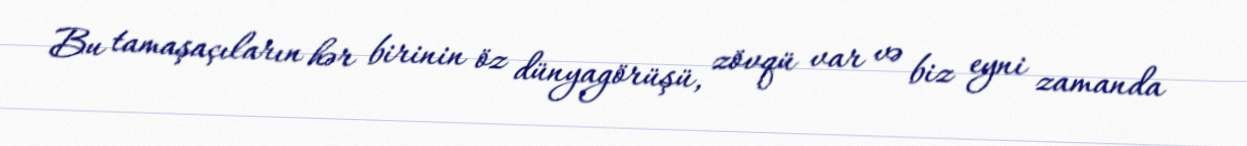
Bu tamaşaçıların hər birinin öz dünyagörüşü, zövqü var və biz eyni zamanda